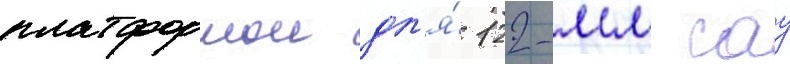
платформои дл'я́ 122-мм сау